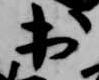
出